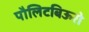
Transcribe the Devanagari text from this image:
पौलिटबिऊरो